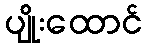
ပျိုးထောင်